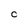
Character: 0